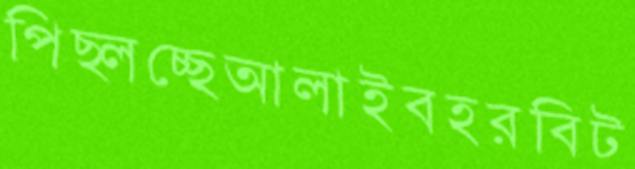
পিছ্‌লচ্ছেআলাইবহরবিট